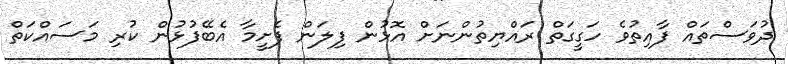
ދުވަސްތައް ފާއިތުވެ ހަގީގަތް ރައްޔިތުންނަށް އޮޅުން ފިލަން ފެށީމާ އެބޭފުޅުން ކުރި މަސައްކަތް